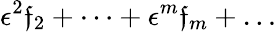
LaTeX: \epsilon^{2}\mathfrak{f}_{2}+\dots+\epsilon^{m}\mathfrak{f}_{m}+\dots